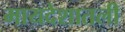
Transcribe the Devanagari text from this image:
मायदेशातली